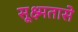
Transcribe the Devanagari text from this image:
सूक्ष्मतासे